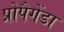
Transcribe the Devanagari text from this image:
प्रोपैगेंडा